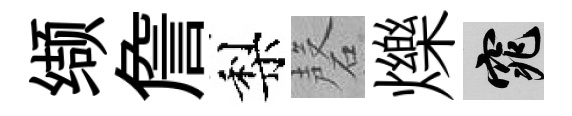
缬詹梨磬爍窕